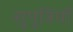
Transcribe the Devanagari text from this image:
सुपुत्रियों